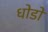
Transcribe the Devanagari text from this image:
धोडो